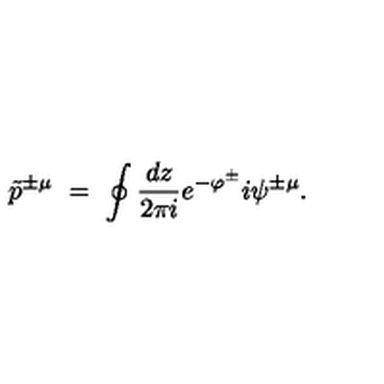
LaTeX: \tilde { p } ^ { \pm \mu } \ = \ \oint \frac { d z } { 2 \pi i } e ^ { - \varphi ^ { \pm } } i \psi ^ { \pm \mu } .